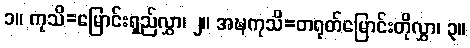
၁။ ကုသိ=မြောင်းရှည်လွှာ၊ ၂။ အဍ္ဎကုသိ=တရုတ်မြောင်းတိုလွှာ၊ ၃။